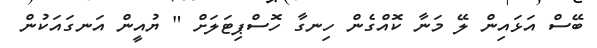
ބޭސް އަޅައިން ލޭ މަނާ ކޮއްގެން ހިނގާ ހޮސްޕިޓަލަށް " ޔުއީން އަނގައަކުން